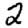
Digit: 2